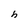
Character: h